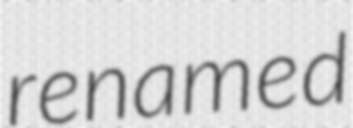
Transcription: renamed